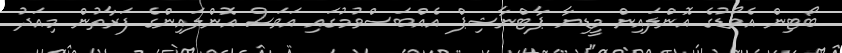
ބޯޓިން އެވޯޑުގެ އޮންލައިން މީޑިޔާ ޕާޓްނާޝިޕް އެއްބަސްވުމުގައި އަވަސް އޮންލައިންގެ ފަރާތުން މިއަދު